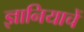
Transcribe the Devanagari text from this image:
ज्ञानियाचें